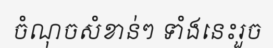
ចំណុចសំខាន់ៗ ទាំងនេះរួច